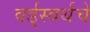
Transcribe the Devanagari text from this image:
वर्ड्‌स्वर्थचे